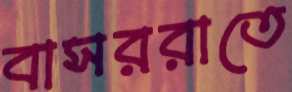
বাসররাতে